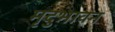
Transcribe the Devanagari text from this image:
मृदुभावन